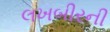
લખબીરની